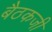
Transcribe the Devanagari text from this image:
बैठकजी